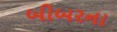
બીબરના